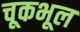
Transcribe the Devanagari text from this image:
चूकभूल